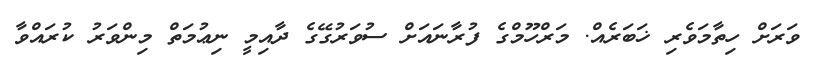
ވަރަށް ހިތާމަވެރި ޚަބަރެއް. މަރްހޫމްގެ ފުރާނައަށް ސުވަރުގޭގެ ދާއިމީ ނިޢުމަތް މިންވަރު ކުރައްވާ